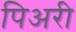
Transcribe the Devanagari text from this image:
पिअरी